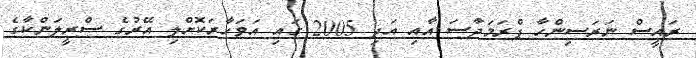
ރައީސް ނަރަސިންހާ ޕްރަމަދާސަ އާއި އަދި 2005 ގައި އަވަހާރަކޮށްލި އޭރުގެ ސްރީލަންކާގެ